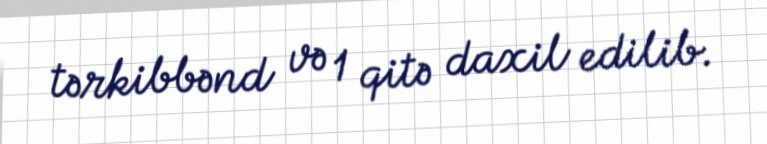
tərkibbənd və 1 qitə daxil edilib.